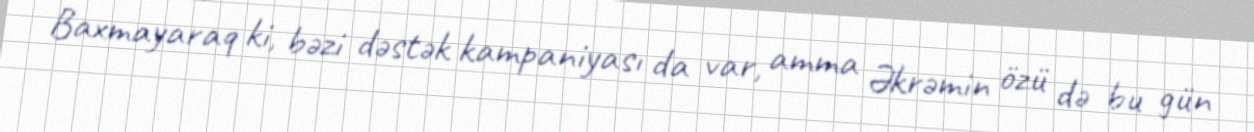
Baxmayaraq ki, bəzi dəstək kampaniyası da var, amma Əkrəmin özü də bu gün